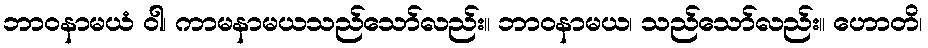
ဘာဝနာမယံ ဝါ၊ ကာမနာမယသည်သော်လည်း။ ဘာဝနာမယ၊ သည်သော်လည်း။ ဟောတိ၊